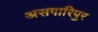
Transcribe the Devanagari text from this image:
असगारिपुर